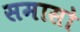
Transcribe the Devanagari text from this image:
समासो